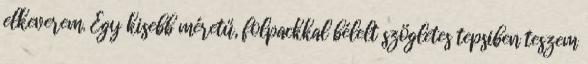
elkeverem. Egy kisebb méretű, folpackkal bélelt szögletes tepsiben teszem